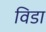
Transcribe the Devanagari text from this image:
विडाॅ